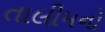
તાલીમનો